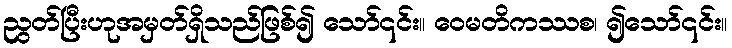
ညွတ်ပြီးဟုအမှတ်ရှိသည်ဖြစ်၍ သော်၎င်း။ ဝေမတိကဿစ၊ ၍သော်၎င်း။